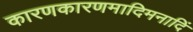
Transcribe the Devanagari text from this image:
कारणकारणमादिमनादिं